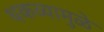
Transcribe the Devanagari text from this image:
थकव्यामुळे